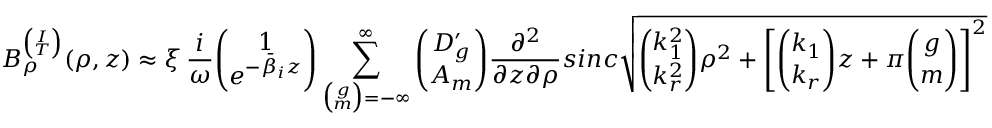
B _ { \rho } ^ { \binom { I } { T } } ( \rho , z ) \approx \xi \, \frac { i } { \omega } { \binom { 1 } { e ^ { - \bar { \beta } _ { i } z } } } \sum _ { { \binom { g } { m } } = - \infty } ^ { \infty } { \binom { D _ { g } ^ { \prime } } { A _ { m } } } \frac { \partial ^ { 2 } } { \partial z \partial \rho } s i n c \sqrt { { \binom { k _ { 1 } ^ { 2 } } { k _ { r } ^ { 2 } } } \rho ^ { 2 } + \left[ { \binom { k _ { 1 } } { k _ { r } } } z + \pi { \binom { g } { m } } \right] ^ { 2 } }